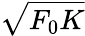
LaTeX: \sqrt{F_{0}K}